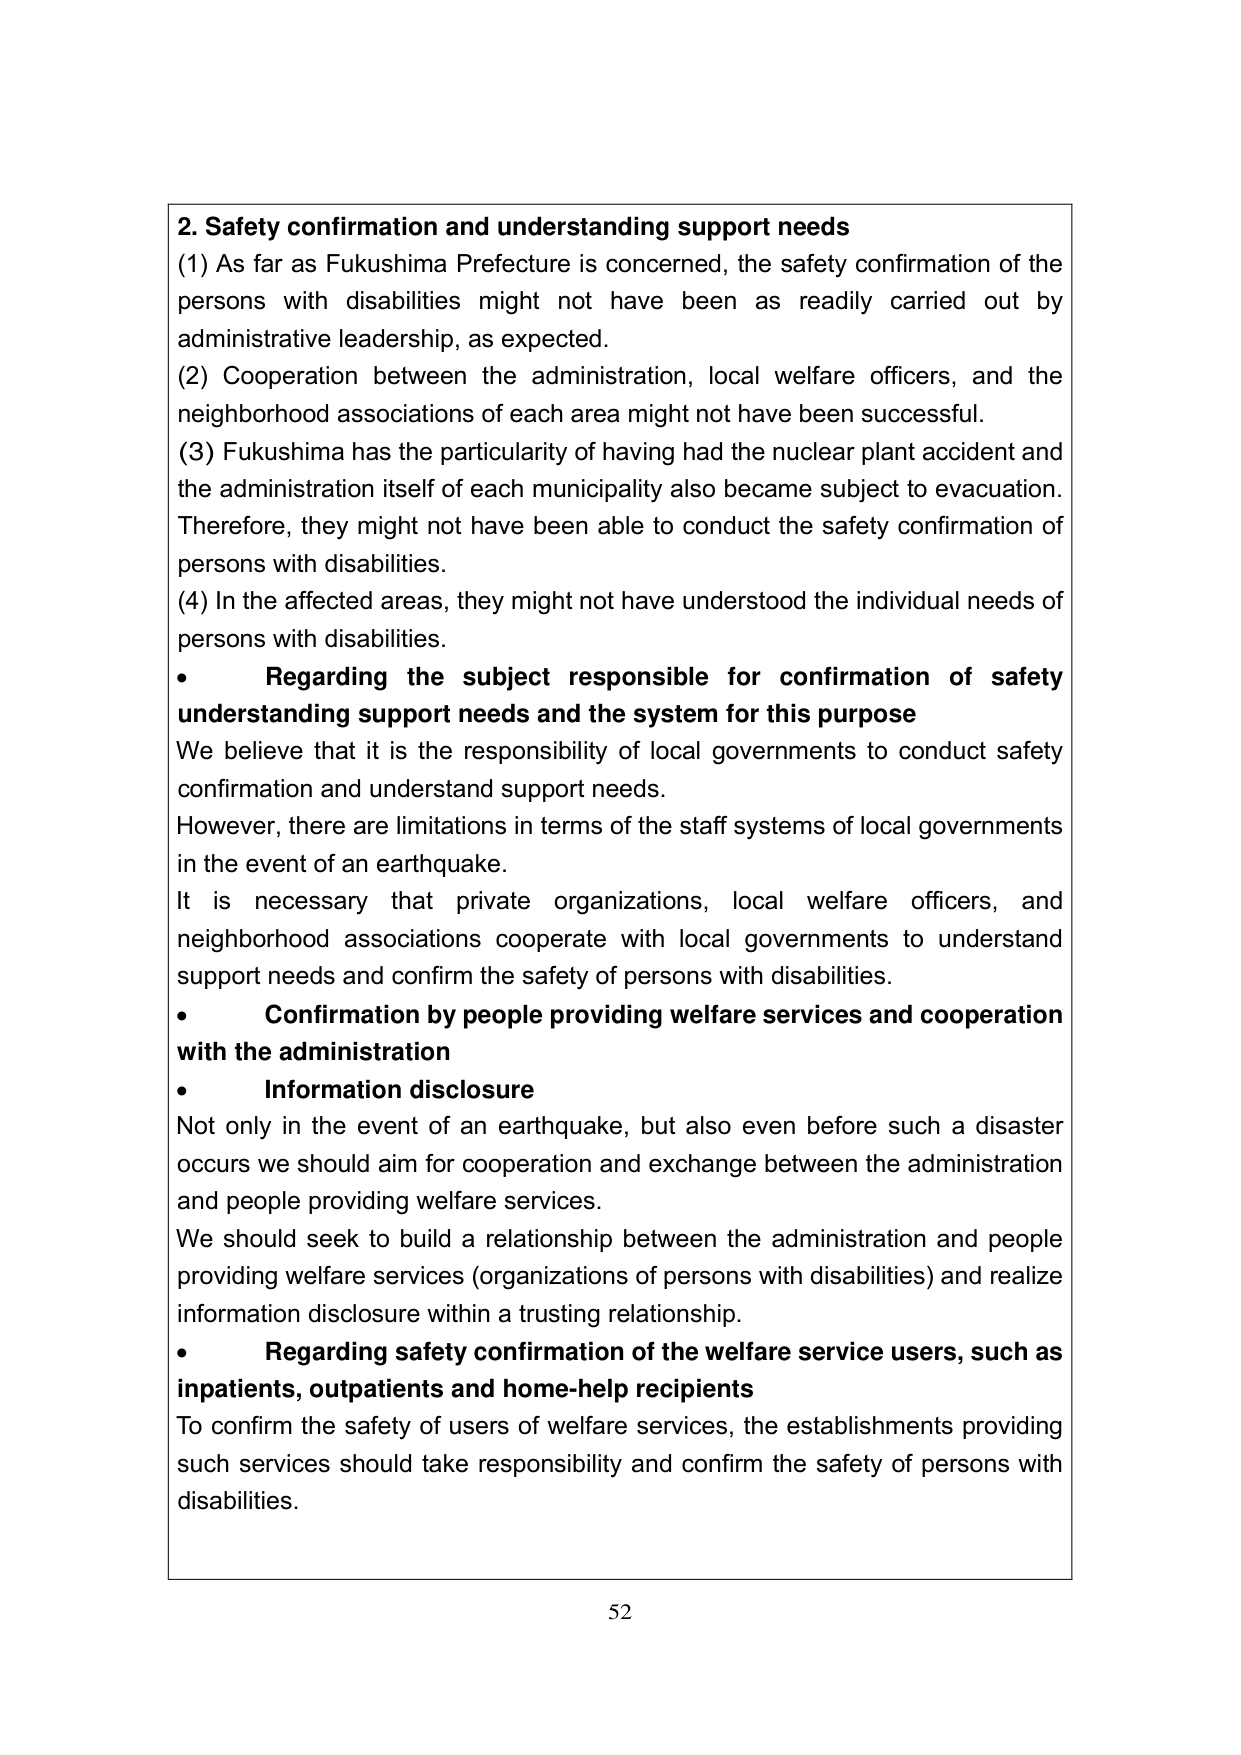
2. Safety confirmation and understanding support needs
(1) As far as Fukushima Prefecture is concerned, the safety confirmation of the persons with disabilities might not have been as readily carried out by administrative leadership, as expected.
(2) Cooperation between the administration, local welfare officers, and the neighborhood associations of each area might not have been successful.
(3) Fukushima has the particularity of having had the nuclear plant accident and the administration itself of each municipality also became subject to evacuation. Therefore, they might not have been able to conduct the safety confirmation of persons with disabilities.
(4) In the affected areas, they might not have understood the individual needs of persons with disabilities.
• Regarding the subject responsible for confirmation of safety understanding support needs and the system for this purpose
We believe that it is the responsibility of local governments to conduct safety confirmation and understand support needs.
However, there are limitations in terms of the staff systems of local governments in the event of an earthquake.
It is necessary that private organizations, local welfare officers, and neighborhood associations cooperate with local governments to understand support needs and confirm the safety of persons with disabilities.
• Confirmation by people providing welfare services and cooperation with the administration
• Information disclosure
Not only in the event of an earthquake, but also even before such a disaster occurs we should aim for cooperation and exchange between the administration and people providing welfare services.
We should seek to build a relationship between the administration and people providing welfare services (organizations of persons with disabilities) and realize information disclosure within a trusting relationship.
• Regarding safety confirmation of the welfare service users, such as inpatients, outpatients and home-help recipients
To confirm the safety of users of welfare services, the establishments providing such services should take responsibility and confirm the safety of persons with disabilities.
52